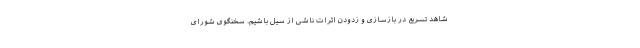
شاهد تسریع در بازسازی و زدودن اثرات ناشی از سیل باشیم. سخنگوی شورای